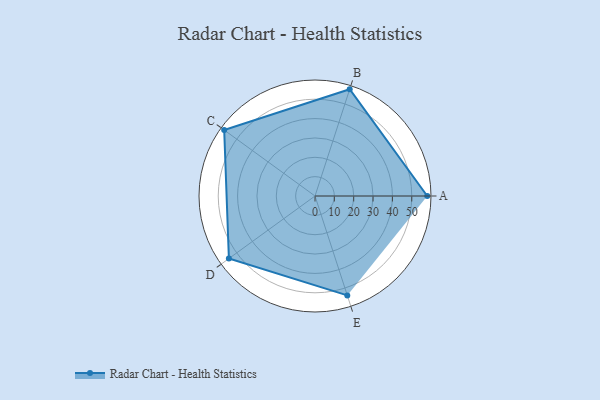
{"axis": {"x": "Skill", "y": "Score"}, "legend": ["Profile"], "data": [{"x": "A", "y": 58.0, "type": "Profile"}, {"x": "B", "y": 58.0, "type": "Profile"}, {"x": "C", "y": 58.0, "type": "Profile"}, {"x": "D", "y": 55.0, "type": "Profile"}, {"x": "E", "y": 54.0, "type": "Profile"}]}